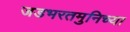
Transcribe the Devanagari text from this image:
जडभरतमुनिच्या